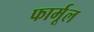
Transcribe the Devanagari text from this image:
फार्मूल